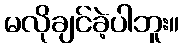
မလိုချင်ခဲ့ပါဘူး။